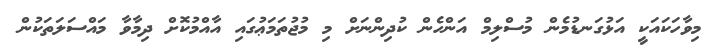
މިވާހަކައަކީ އަޅުގަނޑުމެން މުސްލިމް އަންހެން ކުދިންނަށް މި މުޖުތަމަޢުގައި އާއްމުކޮށް ދިމާވާ މައްސަލަތަކުން